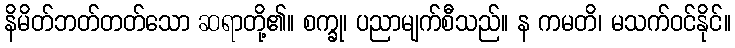
နိမိတ်ဘတ်တတ်သော ဆရာတို့၏။ စက္ခု၊ ပညာမျက်စီသည်။ န ကမတိ၊ မသက်ဝင်နိုင်။